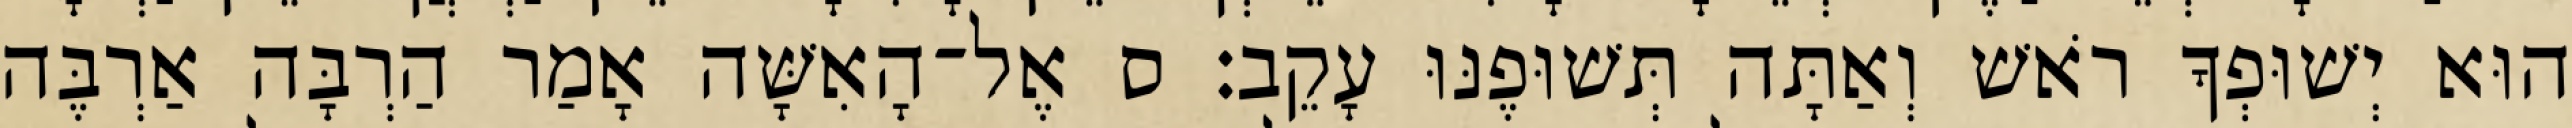
הוּא יְשׁוּפְךָ רֹאשׁ וְאַתָּה תְּשׁוּפֶנּוּ עָקֵב׃ ס אֶל־הָאִשָּׁה אָמַר הַרְבָּה אַרְבֶּה